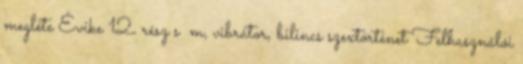
megléte Évike 12. rész s m, vibrátor, bilincs szextörténet Felhasználói